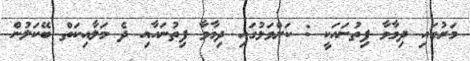
މަރުގައި ދިމާވާ ފިތުނައަކީ : ކަށްވަޅުގައި ދިމާވާ ފިތުނައާއި ދެ މަލާއިކަތް ބޭކަލުން